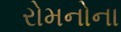
રોમનોના